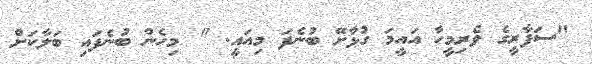
"ސަފާރީގެ ވެރިމީހާ އައީމަ ގުޅާށޭ ބުނެފަ މިއައީ. " މިހެން ބުނެފައި ބަލާކަށް